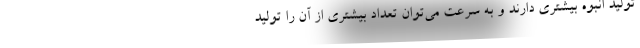
تولید انبوه بیشتری دارند و به سرعت می‌توان تعداد بیشتری از آن را تولید